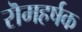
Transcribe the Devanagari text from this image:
रॊमहर्षक